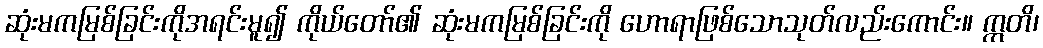
ဆုံးမကမြစ်ခြင်းကိုအရင်းမူ၍ ကိုယ်တော်၏ ဆုံးမကမြစ်ခြင်းကို ဟောရာဖြစ်သောသုတ်လည်းကောင်း။ ဣတိ၊